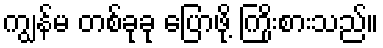
ကျွန်မ တစ်ခုခု ပြောဖို့ ကြိုးစားသည်။